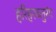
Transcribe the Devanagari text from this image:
हरिहरचतुरंग